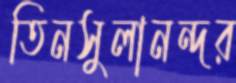
তিনসুলানন্দর